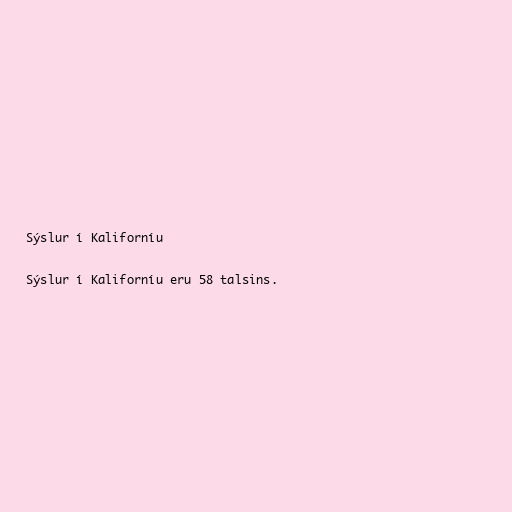
Sýslur í Kaliforníu

Sýslur í Kaliforníu eru 58 talsins.